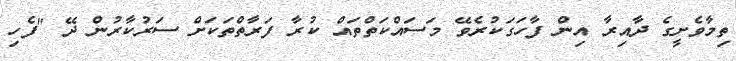
ތިމާވެށީގެ ދާއިރާ އިން ފާހަގަކުރެވޭ މަސައްކަތްތައް ކުރާ ފަރާތްތަކަށް ސަރުކާރުން ދޭ "ފެހި